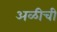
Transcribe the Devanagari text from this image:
अळीची